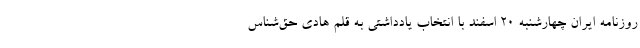
روزنامه ایران چهارشنبه ۲۰ اسفند با انتخاب یادداشتی به قلم هادی حق‌شناس